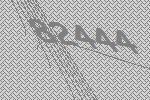
82444